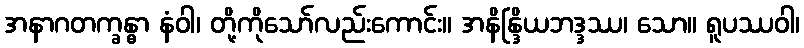
အနာဂတက္ခန္ဓာ နံဝါ၊ တို့ကိုသော်လည်းကောင်း။ အနိန္ဒြိယဘဒ္ဒဿ၊ သော။ ရူပဿဝါ၊